Annual administration report of the Civil Veterinary Department of India - 1899-1900
Year: 1899
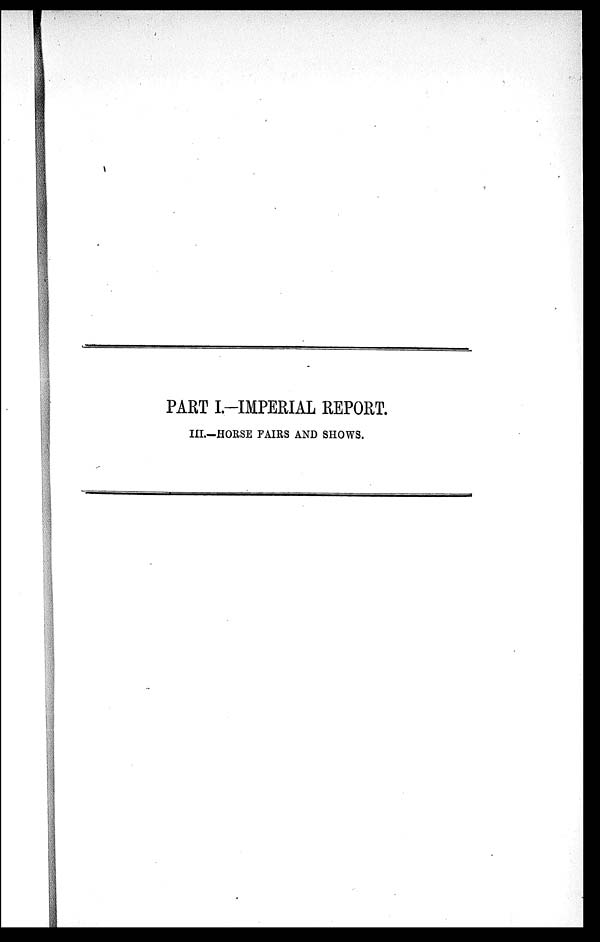
PART I.-IMPERIAL REPORT.
III.—HORSE FAIRS AND SHOWS.